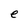
Character: e